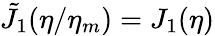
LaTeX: \tilde{J}_{1}(\eta/\eta_{m})=J_{1}(\eta)